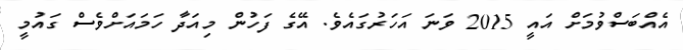
އެއްބަސްވުމަށް އައީ 2015 ވަނަ އަހަރުގައެވެ. އޭގެ ފަހުން މިއަދާ ހަމައަށްވެސް ގައުމީ